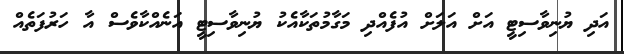
އަދި ޔުނިވާސިޓީ އަށް އަލަށް އުފެއްދި މަގާމުތަކާއެކު ޔުނިވާސިޓީ އަނެއްކާވެސް އާ ހަރުފަތެއް